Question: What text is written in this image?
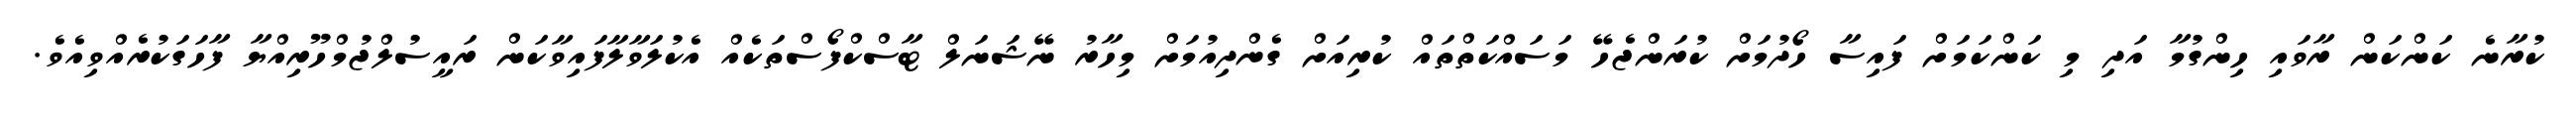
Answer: ކުރާނެ ކަންކަން ރާވައި ހިންގުމާ އަދި މި ކަންކަމަށް ފައިސާ ހޯދުމަށް ކުރަންޖެހޭ މަސައްކަތްތައް ކުރިއަށް ގެންދިއުމަށް މިހާރު ނޭޝަނަލް ޓާސްކްފޯސްތަކެއް އެކުލަވާލާފައިވާކަން ރައީސުލްޖުމްހޫރިއްޔާ ފާހަގަކުރެއްވިއެވެ.